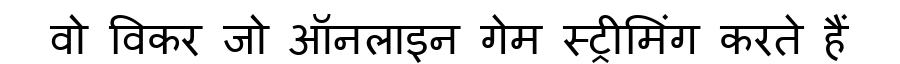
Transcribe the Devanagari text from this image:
वो विकर जो ऑनलाइन गेम स्ट्रीमिंग करते हैं